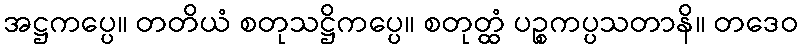
အဋ္ဌကပ္ပေ။ တတိယံ စတုသဋ္ဌိကပ္ပေ။ စတုတ္ထံ ပဉ္စကပ္ပသတာနိ။ တဒေဝ